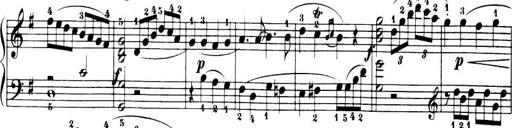
Title: 32 Sonatinas and Rondos for the Piano
Composer: Richard Kleinmichel